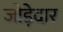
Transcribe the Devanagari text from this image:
जोड़ेदार